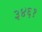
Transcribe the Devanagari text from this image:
३४६१